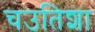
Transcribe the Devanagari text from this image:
चउतिशा